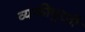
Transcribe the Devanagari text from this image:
व्यक्तीपुरती